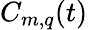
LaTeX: C_{m,q}(t)